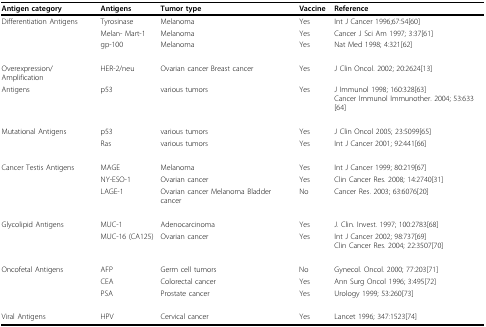
<table><thead><tr><td><b>Antigen category</b></td><td><b>Antigens</b></td><td><b>Tumor type</b></td><td><b>Vaccine</b></td><td><b>Reference</b></td></tr></thead><tbody><tr><td>Differentiation Antigens</td><td>Tyrosinase</td><td>Melanoma</td><td>Yes</td><td>Int J Cancer 1996;67:54[60]</td></tr><tr><td></td><td>Melan- Mart-1</td><td>Melanoma</td><td>Yes</td><td>Cancer J Sci Am 1997; 3:37[61]</td></tr><tr><td></td><td>gp-100</td><td>Melanoma</td><td>Yes</td><td>Nat Med 1998; 4:321[62]</td></tr><tr><td>Overexpression/Amplification</td><td>HER-2/neu</td><td>Ovarian cancer Breast cancer</td><td>Yes</td><td>J Clin Oncol. 2002; 20:2624[13]</td></tr><tr><td>Antigens</td><td>p53</td><td>various tumors</td><td>Yes</td><td>J Immunol 1998; 160:328[63]Cancer Immunol Immunother. 2004; 53:633[64]</td></tr><tr><td>Mutational Antigens</td><td>p53</td><td>various tumors</td><td>Yes</td><td>J Clin Oncol 2005; 23:5099[65]</td></tr><tr><td></td><td>Ras</td><td>various tumors</td><td>Yes</td><td>Int J Cancer 2001; 92:441[66]</td></tr><tr><td>Cancer Testis Antigens</td><td>MAGE</td><td>Melanoma</td><td>Yes</td><td>Int J Cancer 1999; 80:219[67]</td></tr><tr><td></td><td>NY-ESO-1</td><td>Ovarian cancer</td><td>Yes</td><td>Clin Cancer Res. 2008; 14:2740[31]</td></tr><tr><td></td><td>LAGE-1</td><td>Ovarian cancer Melanoma Bladder cancer</td><td>No</td><td>Cancer Res. 2003; 63:6076[20]</td></tr><tr><td>Glycolipid Antigens</td><td>MUC-1</td><td>Adenocarcinoma</td><td>Yes</td><td>J. Clin. Invest. 1997; 100:2783[68]</td></tr><tr><td></td><td>MUC-16 (CA125)</td><td>Ovarian cancer</td><td>Yes</td><td>Int J Cancer 2002; 98:737[69]Clin Cancer Res. 2004; 22:3507[70]</td></tr><tr><td>Oncofetal Antigens</td><td>AFP</td><td>Germ cell tumors</td><td>No</td><td>Gynecol. Oncol. 2000; 77:203[71]</td></tr><tr><td></td><td>CEA</td><td>Colorectal cancer</td><td>Yes</td><td>Ann Surg Oncol 1996; 3:495[72]</td></tr><tr><td></td><td>PSA</td><td>Prostate cancer</td><td>Yes</td><td>Urology 1999; 53:260[73]</td></tr><tr><td>Viral Antigens</td><td>HPV</td><td>Cervical cancer</td><td>Yes</td><td>Lancet 1996; 347:1523[74]</td></tr></tbody></table>